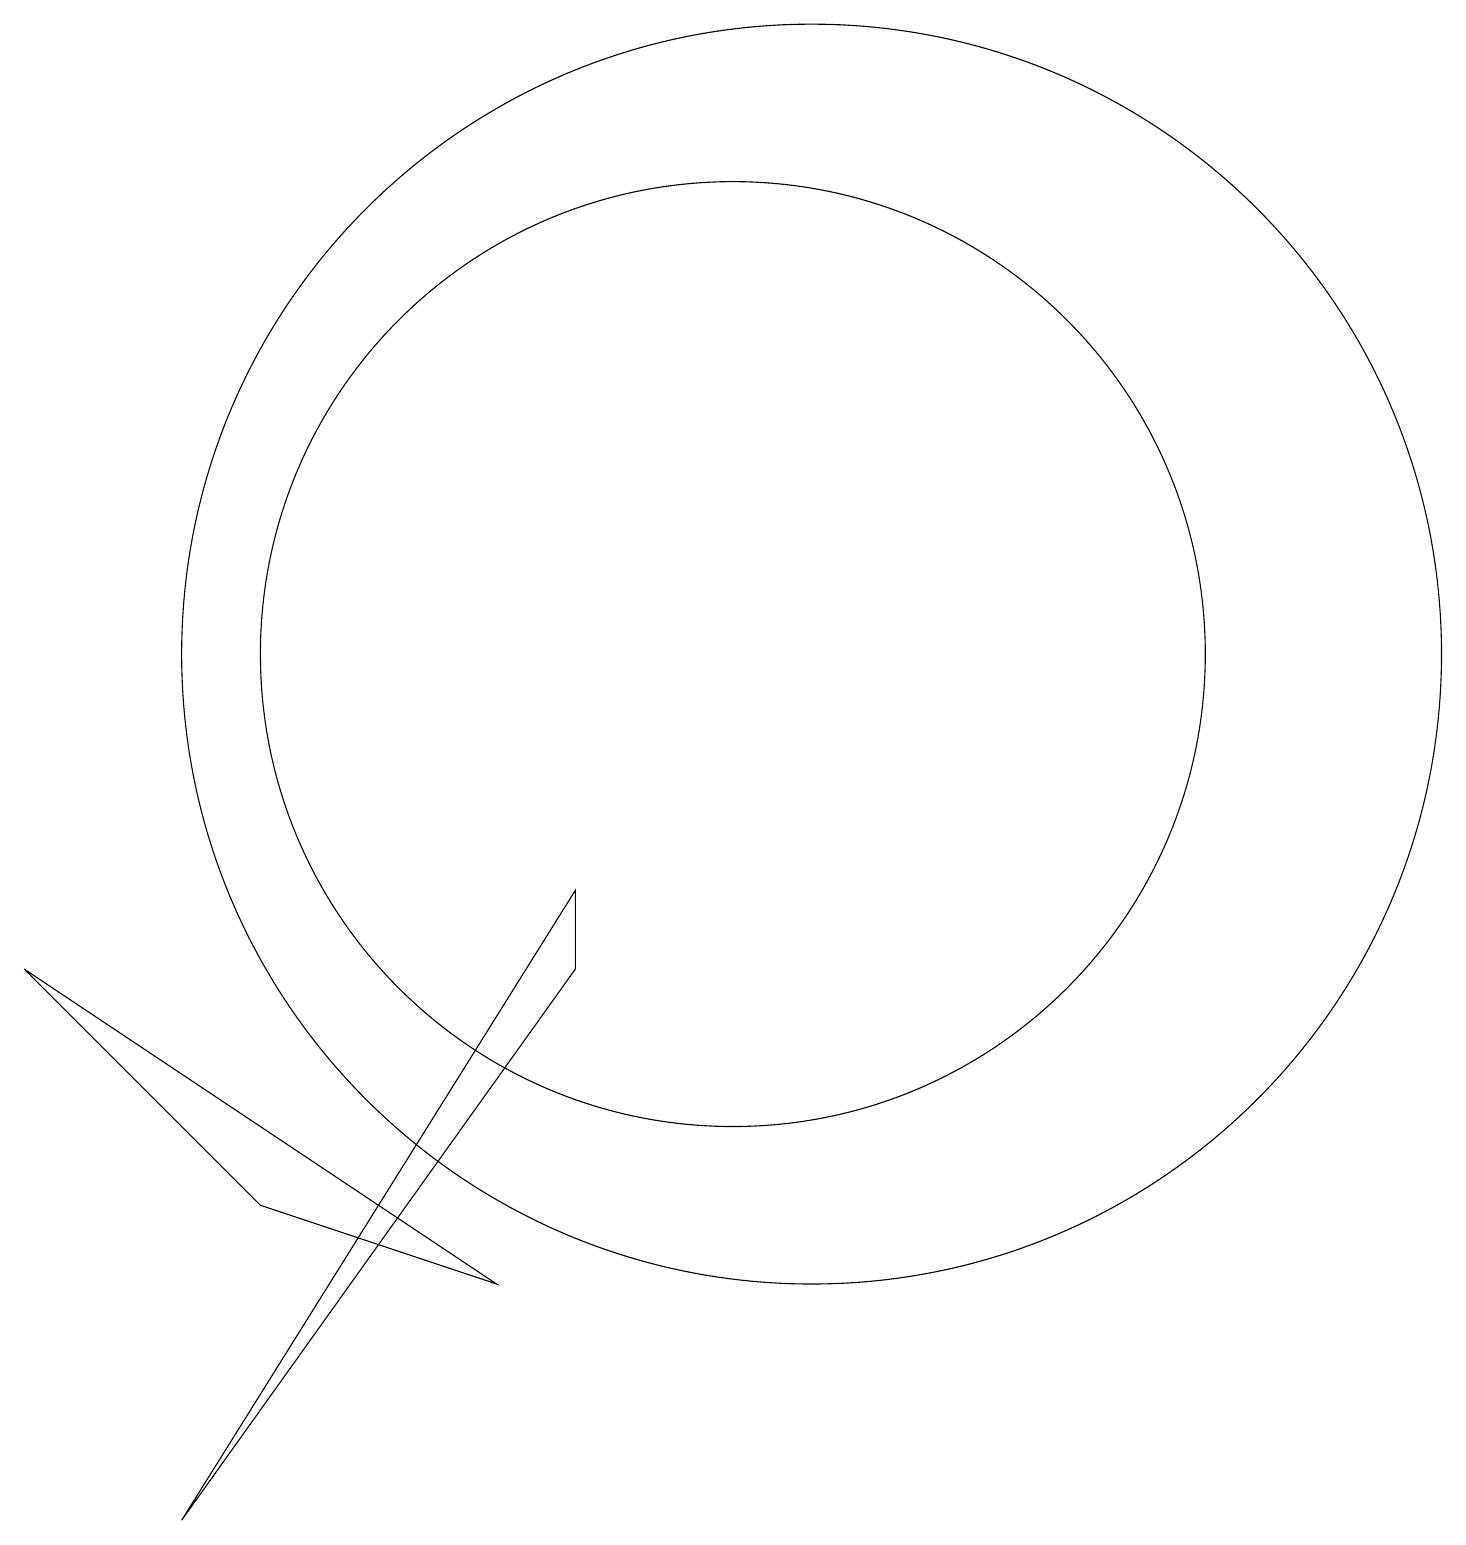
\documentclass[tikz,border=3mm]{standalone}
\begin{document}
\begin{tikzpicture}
\draw (10,11) circle (6);
\draw (4,4) -- (1,7) -- (7,3) -- cycle;
\draw (8,7) -- (8,8) -- (3,0) -- cycle;
\draw (11,11) circle (8);
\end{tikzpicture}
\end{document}